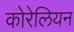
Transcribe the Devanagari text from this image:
कोरेलियन